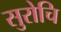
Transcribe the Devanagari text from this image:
सुरोचि